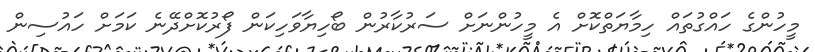
މީހުންގެ ހައްގުތައް ހިމާޔަތްކޮށް އެ މީހުންނަށް ސަރުކާރުން ބޯހިޔާވަހިކަން ފޯރުކޮށްދޭނެ ކަމަށް ހައުސިން